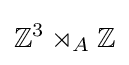
\mathbb {Z} ^{3}\rtimes _{A}\mathbb {Z}